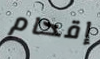
إقحام